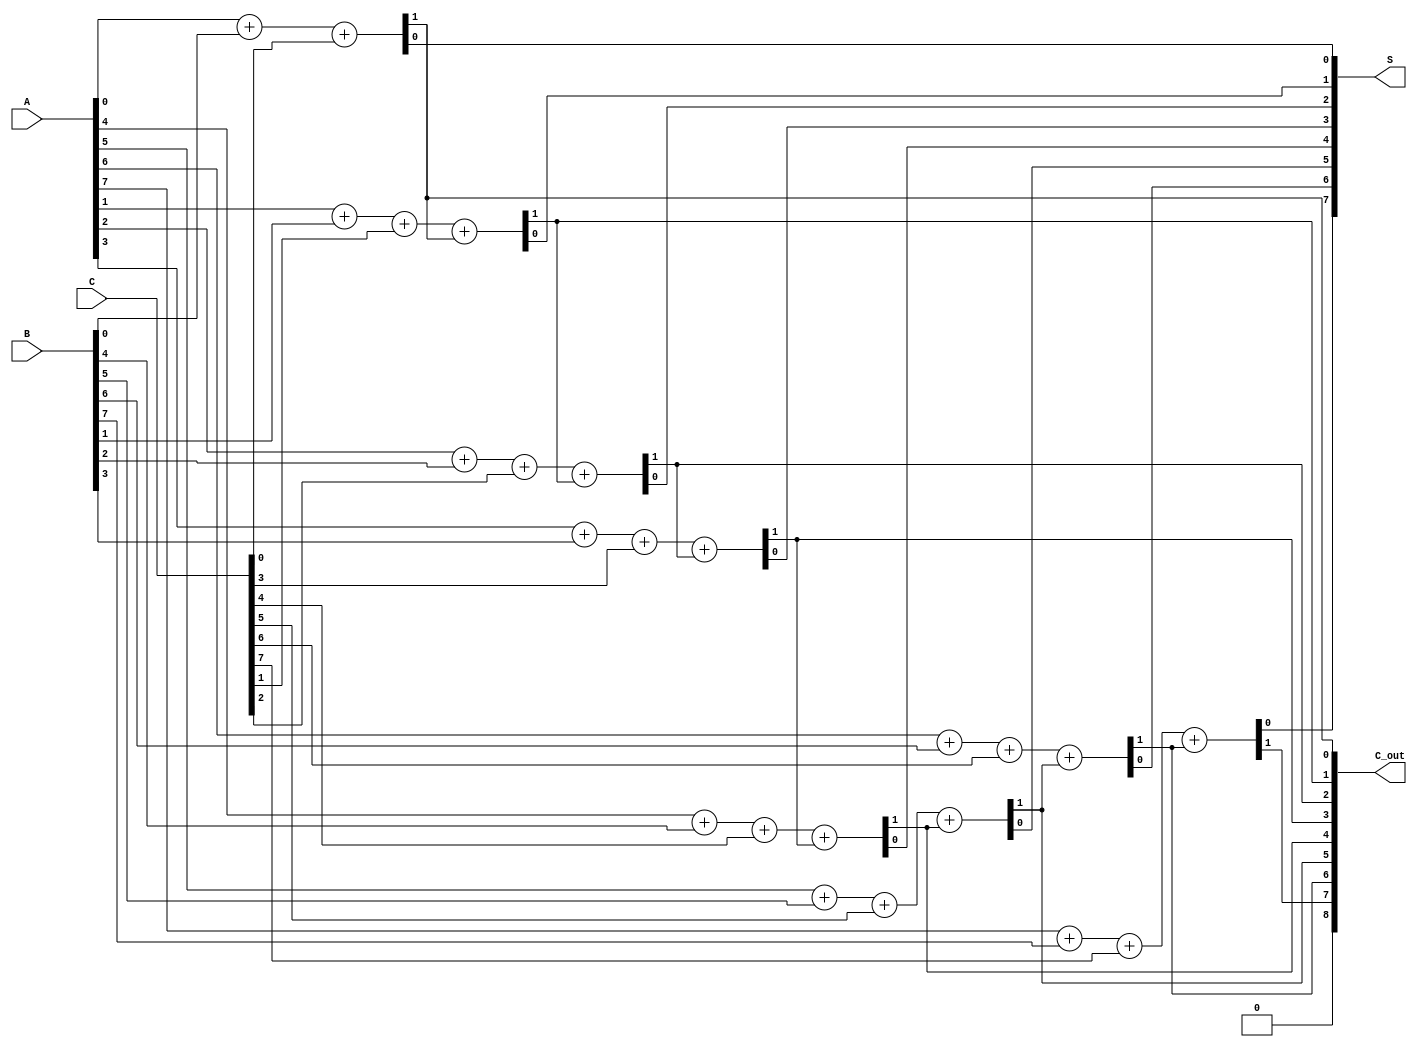
module carry_save_adder #(parameter N = 8) (
    input  [N-1:0] A,  // First input
    input  [N-1:0] B,  // Second input
    input  [N-1:0] C,  // Third input
    output [N-1:0] S,  // Sum output
    output [N:0]  C_out // Carry output
);

    wire [N-1:0] sum;    // Intermediate sum outputs
    wire [N-1:0] carry;   // Intermediate carry outputs

    // Generate full adders in parallel
    genvar i;
    generate
        for (i = 0; i < N; i = i + 1) begin : full_adder
            if (i == 0) begin
                // For the least significant bit, there is no carry in
                assign {carry[i], sum[i]} = A[i] + B[i] + C[i];
            end else begin
                // For other bits, consider the carry from the previous bit
                assign {carry[i], sum[i]} = A[i] + B[i] + C[i] + carry[i-1];
            end
        end
    endgenerate

    // Final carry output (N bits for carry, plus an additional bit for overflow)
    assign C_out = carry;

    // Final sum output
    assign S = sum;

endmodule